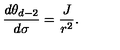
\frac { d \theta _ { d - 2 } } { d \sigma } = \frac { J } { r ^ { 2 } } .